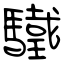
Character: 驖